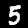
Label: 5